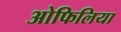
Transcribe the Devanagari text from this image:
ओफिलिया